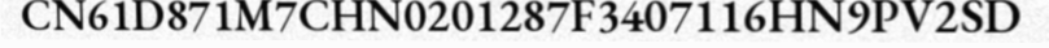
CN61D871M7CHN0201287F3407116HN9PV2SD